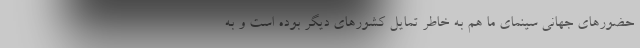
حضورهای جهانی سینمای ما هم به خاطر تمایل کشورهای دیگر بوده است و به